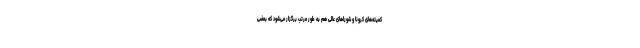
کمیته‌های کرونا و شوراهای عالی هم به طور مرتب برگزار می‌شود که بعضی